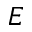
E